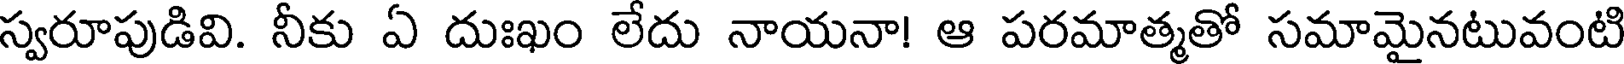
స్వరూపుడివి. నీకు ఏ దుఃఖం లేదు నాయనా! ఆ పరమాత్మతో సమామైనటువంటి